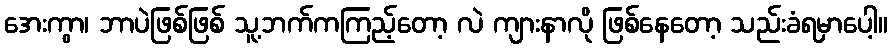
အေးကွာ၊ ဘာပဲဖြစ်ဖြစ် သူ့ဘက်ကကြည့်တော့ လဲ ကျားနာလို ဖြစ်နေတော့ သည်းခံရမှာပေါ့။